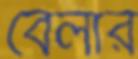
বেলার